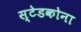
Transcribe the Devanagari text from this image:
स्टेडकोना